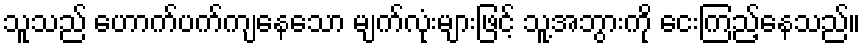
သူသည် ဟောက်ပက်ကျနေသော မျက်လုံးများဖြင့် သူ့အဘွားကို ငေးကြည့်နေသည်။